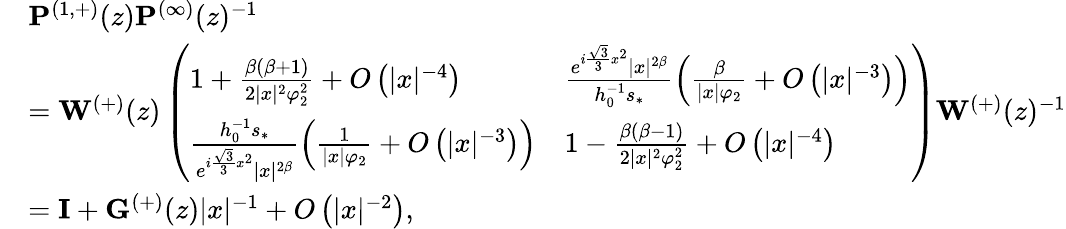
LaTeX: \begin{array}{rl}&{\mathbf{P}^{(1,+)}(z)\mathbf{P}^{(\infty)}(z)^{-1}}\\ &{=\mathbf{W}^{(+)}(z)\left(\begin{array}{ll}{1+\frac{{\beta}({\beta}+1)}{2|x|^{2}\varphi_{2}^{2}}+O\left(|x|^{-4}\right)}&{\frac{e^{i\frac{\sqrt{3}}{3}x^{2}}|x|^{2{\beta}}}{h_{0}^{-1}s_{*}}\left(\frac{{\beta}}{|x|\varphi_{2}}+O\left(|x|^{-3}\right)\right)}\\ {\frac{h_{0}^{-1}s_{*}}{e^{i\frac{\sqrt{3}}{3}x^{2}}|x|^{2{\beta}}}\left(\frac{1}{|x|\varphi_{2}}+O\left(|x|^{-3}\right)\right)}&{1-\frac{{\beta}({\beta}-1)}{2|x|^{2}\varphi_{2}^{2}}+O\left(|x|^{-4}\right)}\end{array}\right)\mathbf{W}^{(+)}(z)^{-1}}\\ &{=\mathbf{I}+\mathbf{G}^{(+)}(z)|x|^{-1}+O\left(|x|^{-2}\right),}\end{array}